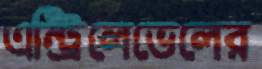
এন্ট্রিলেভেলের